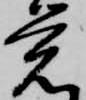
覚